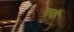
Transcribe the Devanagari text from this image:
गावौं